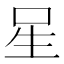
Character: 𭺲